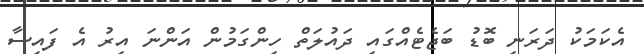
އެކަމަކު ދަރަނި ބޮޑު ބަޖެޓެއްގައި ދައުލަތް ހިންގަމުން އަންނަ އިރު އެ ފައިސާ